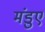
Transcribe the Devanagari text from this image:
मंडुए